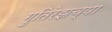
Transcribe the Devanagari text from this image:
गुतिरेझच्या